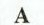
A